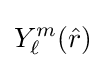
Y_{\ell }^{m}({\hat {r}})